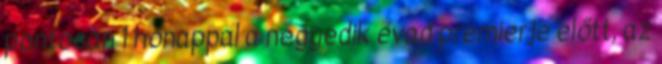
pontosan 1 hónappal a negyedik évad premierje előtt, az